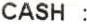
CASH :